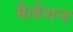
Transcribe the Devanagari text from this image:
मैलेशन